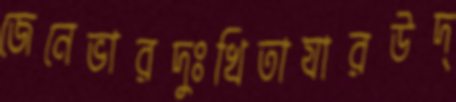
জেনেভারদুঃখিতাযারউদ্